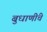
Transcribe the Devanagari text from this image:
बुधाणींचे